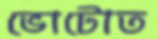
ভোটোত